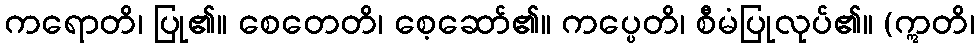
ကရောတိ၊ ပြု၏။ စေတေတိ၊ စေ့ဆော်၏။ ကပ္ပေတိ၊ စီမံပြုလုပ်၏။ (ဣတိ၊